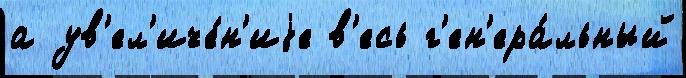
а ув'ел'иче́н'иjе в'есь г'ен'ера́льный